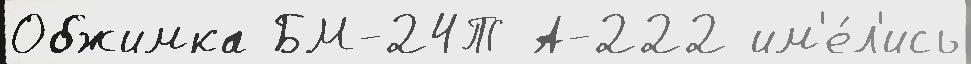
Обжимка БМ-24Т А-222 им'е́л'ись